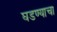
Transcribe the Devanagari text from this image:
घडण्याचा